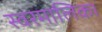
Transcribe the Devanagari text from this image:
स्वरमालिका